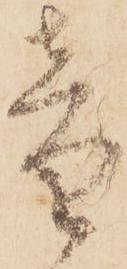
音